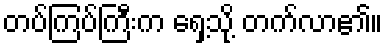
တပ်ကြပ်ကြီးက ရှေ့သို့ တက်လာ၏။